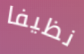
نظيفا